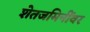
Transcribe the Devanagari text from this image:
शेतजमिनींवर